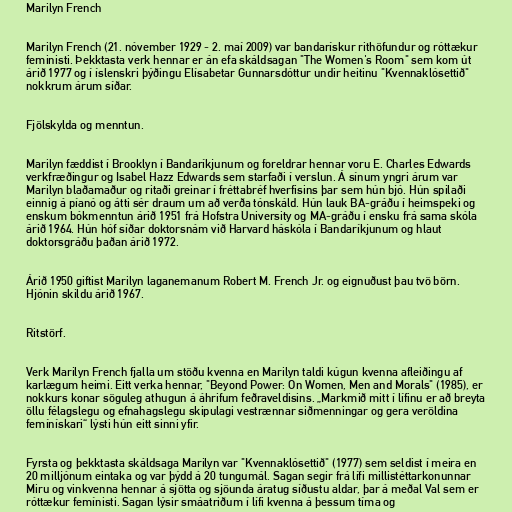
Marilyn French

Marilyn French (21. nóvember 1929 - 2. maí 2009) var bandarískur rithöfundur og róttækur
feministi. Þekktasta verk hennar er án efa skáldsagan "The Women's Room" sem kom út
árið 1977 og í íslenskri þýðingu Elísabetar Gunnarsdóttur undir heitinu "Kvennaklósettið"
nokkrum árum síðar.

Fjölskylda og menntun.

Marilyn fæddist í Brooklyn í Bandaríkjunum og foreldrar hennar voru E. Charles Edwards
verkfræðingur og Isabel Hazz Edwards sem starfaði í verslun. Á sínum yngri árum var
Marilyn blaðamaður og ritaði greinar í fréttabréf hverfisins þar sem hún bjó. Hún spilaði
einnig á píanó og átti sér draum um að verða tónskáld. Hún lauk BA-gráðu í heimspeki og
enskum bókmenntun árið 1951 frá Hofstra University og MA-gráðu í ensku frá sama skóla
árið 1964. Hún hóf síðar doktorsnám við Harvard háskóla í Bandaríkjunum og hlaut
doktorsgráðu þaðan árið 1972.

Árið 1950 giftist Marilyn laganemanum Robert M. French Jr. og eignuðust þau tvö börn.
Hjónin skildu árið 1967.

Ritstörf.

Verk Marilyn French fjalla um stöðu kvenna en Marilyn taldi kúgun kvenna afleiðingu af
karlægum heimi. Eitt verka hennar, "Beyond Power: On Women, Men and Morals" (1985), er
nokkurs konar söguleg athugun á áhrifum feðraveldisins. „Markmið mitt í lífinu er að breyta
öllu félagslegu og efnahagslegu skipulagi vestrænnar siðmenningar og gera veröldina
femínískari“ lýsti hún eitt sinni yfir.

Fyrsta og þekktasta skáldsaga Marilyn var "Kvennaklósettið" (1977) sem seldist í meira en
20 milljónum eintaka og var þýdd á 20 tungumál. Sagan segir frá lífi millistéttarkonunnar
Miru og vinkvenna hennar á sjötta og sjöunda áratug síðustu aldar, þar á meðal Val sem er
róttækur femínisti. Sagan lýsir smáatriðum í lífi kvenna á þessum tíma og